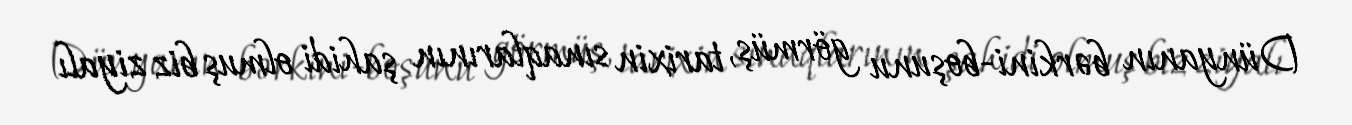
Dünyanın bərkini-boşunu görmüş, tarixin sınaqlarının şahidi olmuş biz ziyalı